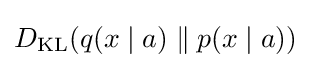
D_{\text{KL}}(q(x\mid a)\parallel p(x\mid a))